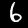
Digit: 6